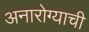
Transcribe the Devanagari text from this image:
अनारोग्याची